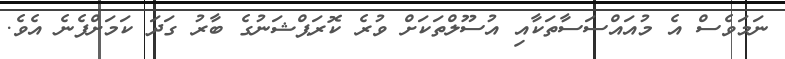
ނަމަވެސް އެ މުއައްސަސާތަކާއި އުސޫލްތަކަށް ވުރެ ކޮރަޕްޝަނުގެ ބާރު ގަދަ ކަމަށްފެނެ އެވެ.